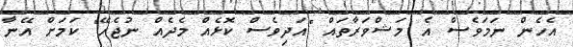
އެހެން ނަމަވެސް އެ މަޝްވަރާތައް "އަދިވެސް ކޮޅެއް މެދެއް ނުޖެހޭ" ކަމަށް އޭނާ